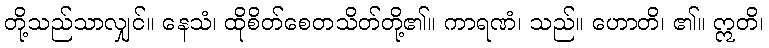
တို့သည်သာလျှင်။ နေသံ၊ ထိုစိတ်စေတသိတ်တို့၏။ ကာရဏံ၊ သည်။ ဟောတိ၊ ၏။ ဣတိ၊